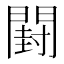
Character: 𰿣